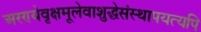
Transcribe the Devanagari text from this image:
अरण्येवृक्षमूलेवाशुद्धेसंस्थापयत्यपि